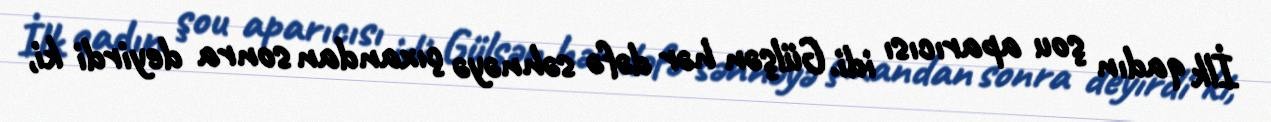
İlk qadın şou aparıcısı idi. Gülşən hər dəfə səhnəyə çıxandan sonra deyirdi ki,